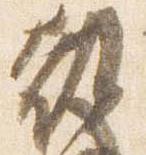
教